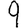
Digit: 9